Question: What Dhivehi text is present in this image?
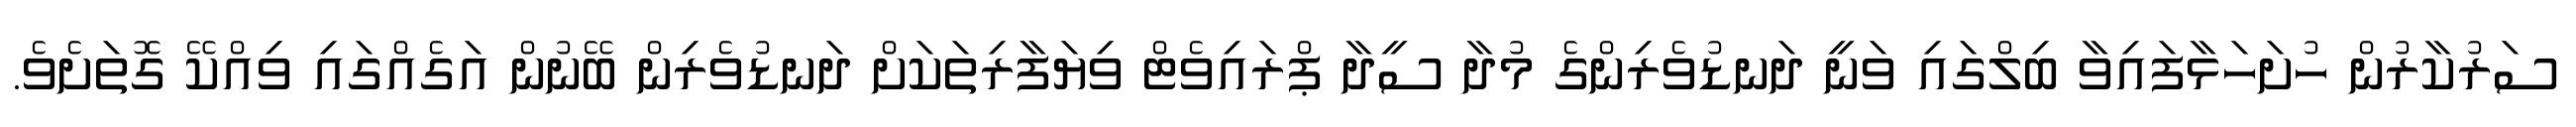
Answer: ސަރުކާރުން ހުށަހަޅާފައިވާ ބިލްގައި ވަނީ ދަނޑުވެރިންގެ މުދާ ސީދާ ޕްރައިވެޓް ވިޔަފާރިތަކަށް ދަނޑުވެރިން ބޭނުން އަގެއްގައި ވިއްކޭ ގޮތަށެވެ.